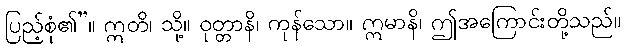
ပြည့်စုံ၏”။ ဣတိ၊ သို့။ ဝုတ္တာနိ၊ ကုန်သော။ ဣမာနိ၊ ဤအကြောင်းတို့သည်။